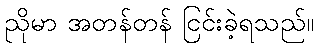
ညိုမာ အတန်တန် ငြင်းခဲ့ရသည်။